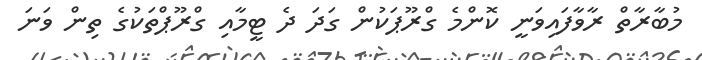
މުބާރާތް ރާވާފައިވަނީ ކޮންމެ ގްރޫޕަކުން ގަދަ ދެ ޓީމާއި ގްރޫޕްތަކުގެ ތިން ވަނަ